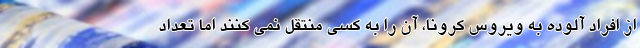
از افراد آلوده به ویروس کرونا، آن را به کسی منتقل نمی کنند اما تعداد